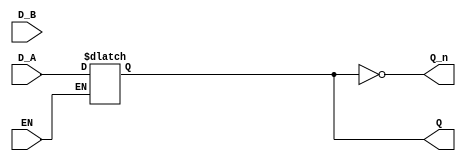
module dual_input_gated_latch (
    input wire D_A,      // Data Input A
    input wire D_B,      // Data Input B
    input wire EN,       // Enable signal
    output reg Q,        // Output Q
    output wire Q_n      // Complement of Q
);

// Assign the complement of Q
assign Q_n = ~Q;

// Always block to implement the latch behavior
always @ (EN or D_A or D_B) begin
    if (EN) begin
        // If EN is high, select which data input to latch
        // Here we prioritize D_A over D_B for simplicity
        Q <= D_A; // You can modify this line to select D_B based on your criteria
    end
    // If EN is low, Q retains its previous value
end

endmodule